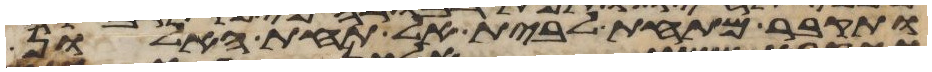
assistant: ותקבר מתחת לבית אל תחת האלון